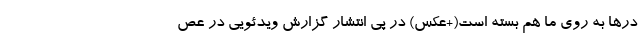
درها به روی ما هم بسته است(+عکس) در پی انتشار گزارش ویدئویی در عص